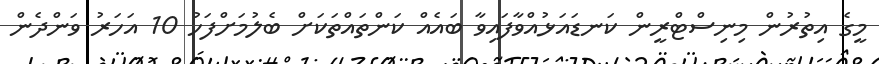
މީގެ އިތުރުން މިނިސްޓްރީން ކަނޑައަޅުއްވާފައިވާ ބައެއް ކަންތައްތަކަށް ބެލުމަށްފަހު 10 އަހަރު ވަންދެން